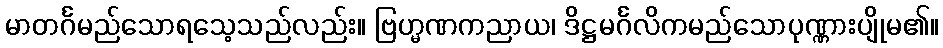
မာတင်္ဂမည်သောရသေ့သည်လည်း။ ဗြဟ္မဏကညာယ၊ ဒိဋ္ဌမင်္ဂလိကမည်သောပုဏ္ဏားပျိုမ၏။